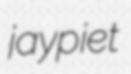
jaypiet